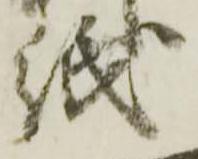
紙